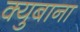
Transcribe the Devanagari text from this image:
क्युबाना